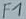
Text: F1